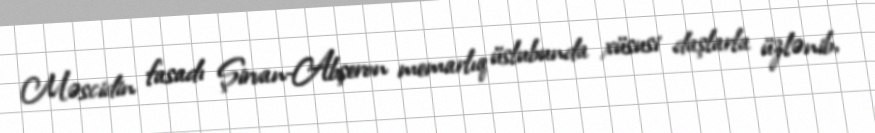
Məscidin fasadı Şirvan-Abşeron memarlıq üslubunda xüsusi daşlarla üzlənib,